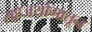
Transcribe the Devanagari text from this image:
सहजयोगातून